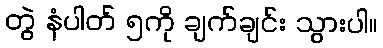
တွဲ နံပါတ် ၅ကို ချက်ချင်း သွားပါ။